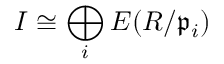
I \cong \bigoplus _ { i } E ( R / { \mathfrak { p } } _ { i } )